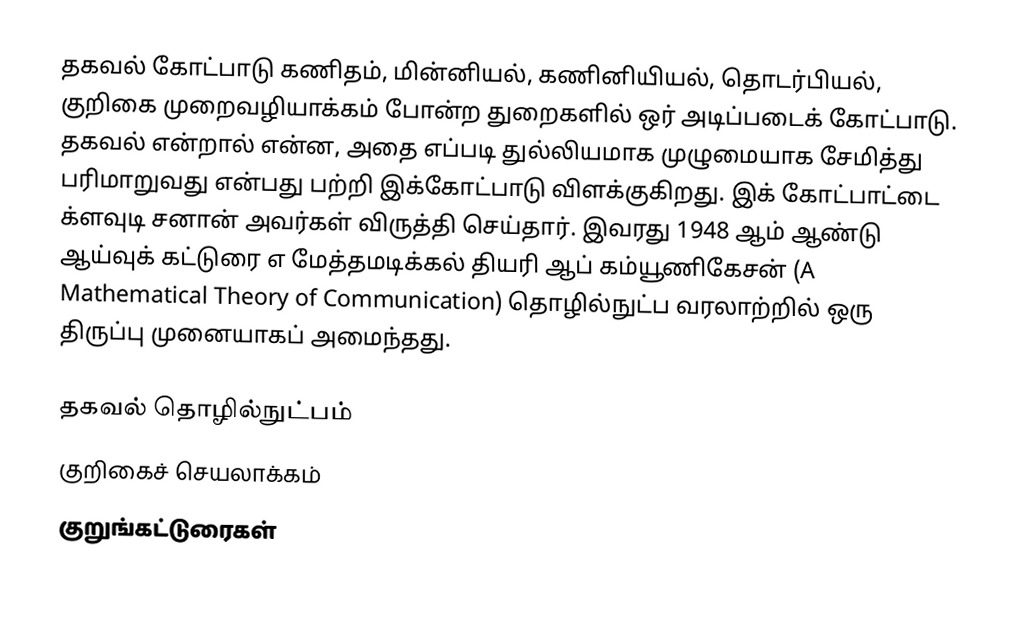
தகவல் கோட்பாடு கணிதம், மின்னியல், கணினியியல், தொடர்பியல், குறிகை முறைவழியாக்கம் போன்ற துறைகளில் ஒர் அடிப்படைக் கோட்பாடு. தகவல் என்றால் என்ன, அதை எப்படி துல்லியமாக முழுமையாக சேமித்து பரிமாறுவது என்பது பற்றி இக்கோட்பாடு விளக்குகிறது. இக் கோட்பாட்டை க்ளவுடி சனான் அவர்கள் விருத்தி செய்தார். இவரது 1948 ஆம் ஆண்டு ஆய்வுக் கட்டுரை எ மேத்தமடிக்கல் தியரி ஆப் கம்யூணிகேசன் (A Mathematical Theory of Communication) தொழில்நுட்ப வரலாற்றில் ஒரு திருப்பு முனையாகப் அமைந்தது.

தகவல் தொழில்நுட்பம்
குறிகைச் செயலாக்கம்
குறுங்கட்டுரைகள்